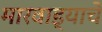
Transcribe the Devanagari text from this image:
मारवाड्याचे